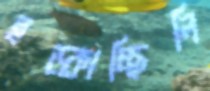
হড়্‌কাচ্ছিলি